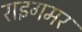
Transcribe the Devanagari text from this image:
राइगमर